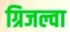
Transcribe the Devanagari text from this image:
ग्रिजल्वा